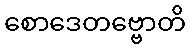
စောဒေတဗ္ဗောတိ